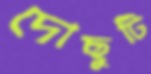
দোছুটি